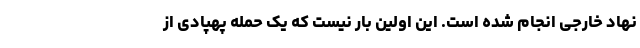
نهاد خارجی انجام شده است. این اولین بار نیست که یک حمله پهپادی از